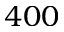
4 0 0